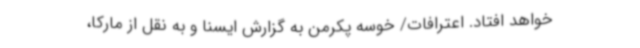
خواهد افتاد. اعترافات/ خوسه پکرمن به گزارش ایسنا و به نقل از مارکا،